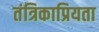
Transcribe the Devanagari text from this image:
तंत्रिकाप्रियता